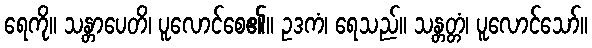
ရေကို။ သန္တာပေတိ၊ ပူလောင်စေ၏။ ဥဒကံ၊ ရေသည်။ သန္တတ္တံ၊ ပူလောင်သော်။